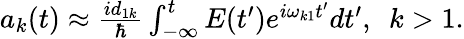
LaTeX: \begin{array}{r}{a_{k}(t)\approx\frac{id_{1k}}{\hbar}\int_{-\infty}^{t}E(t^{\prime})e^{i\omega_{k1}t^{\prime}}dt^{\prime},\ \ k>1.}\end{array}